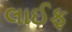
લાઈફ